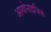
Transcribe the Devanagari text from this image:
आयोनाइजिक